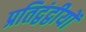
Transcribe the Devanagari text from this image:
प्रतिद्वंद्वीयों